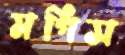
মগিস